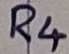
Text: R4